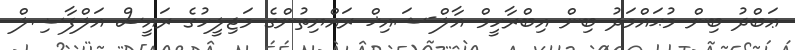
ޢަބްދު ބިން މުޙައްމަދު ބިން އިބްރާހީމް އާލް-ޝައިޚް ރައްޔިތުންގެ މަޖިލީހުގެ ރައީސް އަލްފާޟިލް